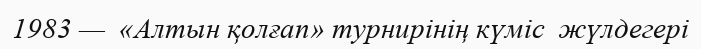
1983 —  «Алтын қолғап» турнирінің күміс  жүлдегері